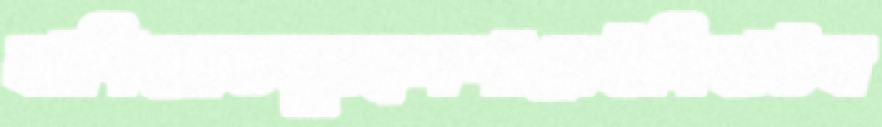
বাণিজ্যতনূচ্ছদপারেইনিহাটব